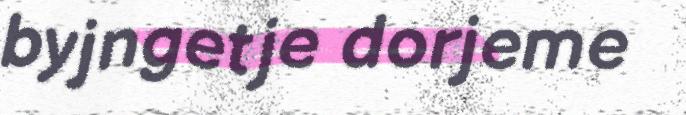
byjngetje dorjeme